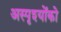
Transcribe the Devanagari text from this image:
अस्पृश्योंको